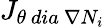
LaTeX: {J}_{\theta\ dia\ \nabla N_{i}}